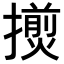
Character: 𢶨